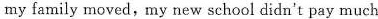
my family moved, my new school didn't pay much